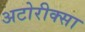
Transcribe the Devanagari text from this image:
अटोरीक्सा